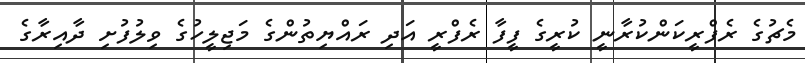
މެޗުގެ ރެފްރީކަންކުރާނީ ކުރީގެ ފީފާ ރެފްރީ އަދި ރައްޔިތުންގެ މަޖިލީހުގެ ވިލުފުށި ދާއިރާގެ